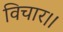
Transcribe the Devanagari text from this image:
विचार।।